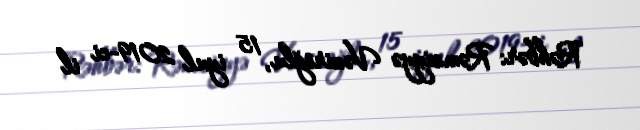
Rəhbər: Rəmziyyə Vəziroğlu, 15 iyul 2019-ci il